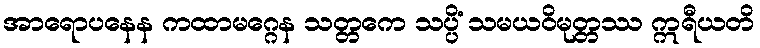
အာရောပနေန ကထာမဂ္ဂေန သတ္တကေ သပ္ပိံ သမယဝိမုတ္တဿ ဣရီယတိ